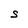
Character: S